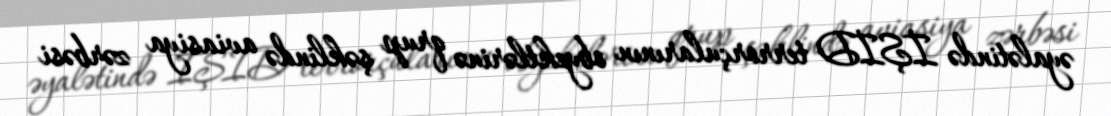
əyalətində İŞİD terrorçularının obyektlərinə qrup şəklində aviasiya zərbəsi